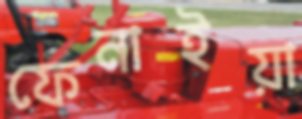
ফেনাইয়া